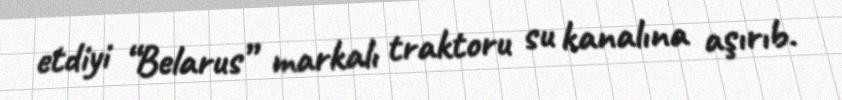
etdiyi “Belarus” markalı traktoru su kanalına aşırıb.